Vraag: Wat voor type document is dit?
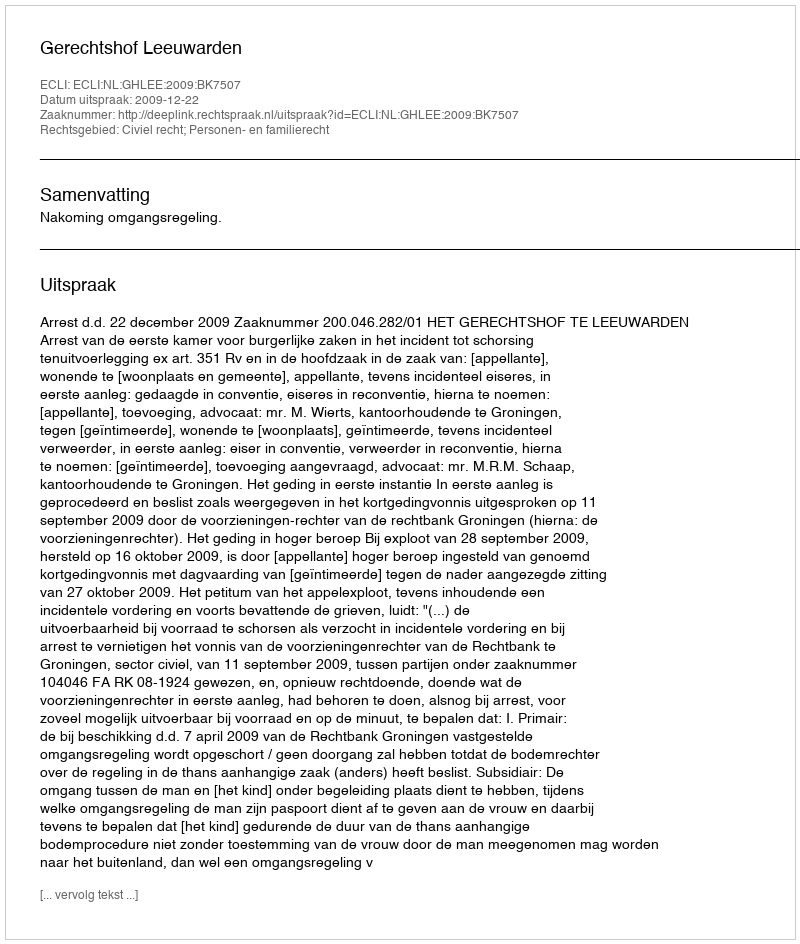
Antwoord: Uitspraak